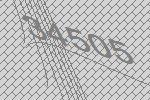
34505